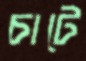
চাটে